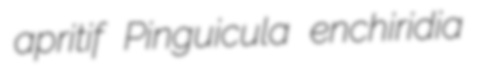
apritif Pinguicula enchiridia